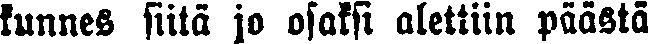
kunnes siitä jo osaksi alettiin päästä